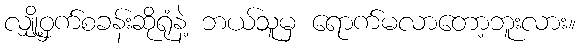
လျှို့ဝှက်စခန်းဆိုရုံနဲ့ ဘယ်သူမှ ရောက်မလာတော့ဘူးလား။